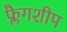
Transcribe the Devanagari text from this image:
फ्लैगशीप